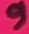
Text: 9